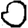
Digit: 0